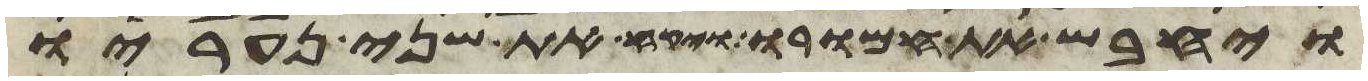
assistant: ויחבש את חמורו ויקח את שני נעריו